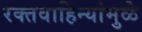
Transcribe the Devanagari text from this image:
रक्तवाहिन्यांमुळे